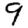
Digit: 9